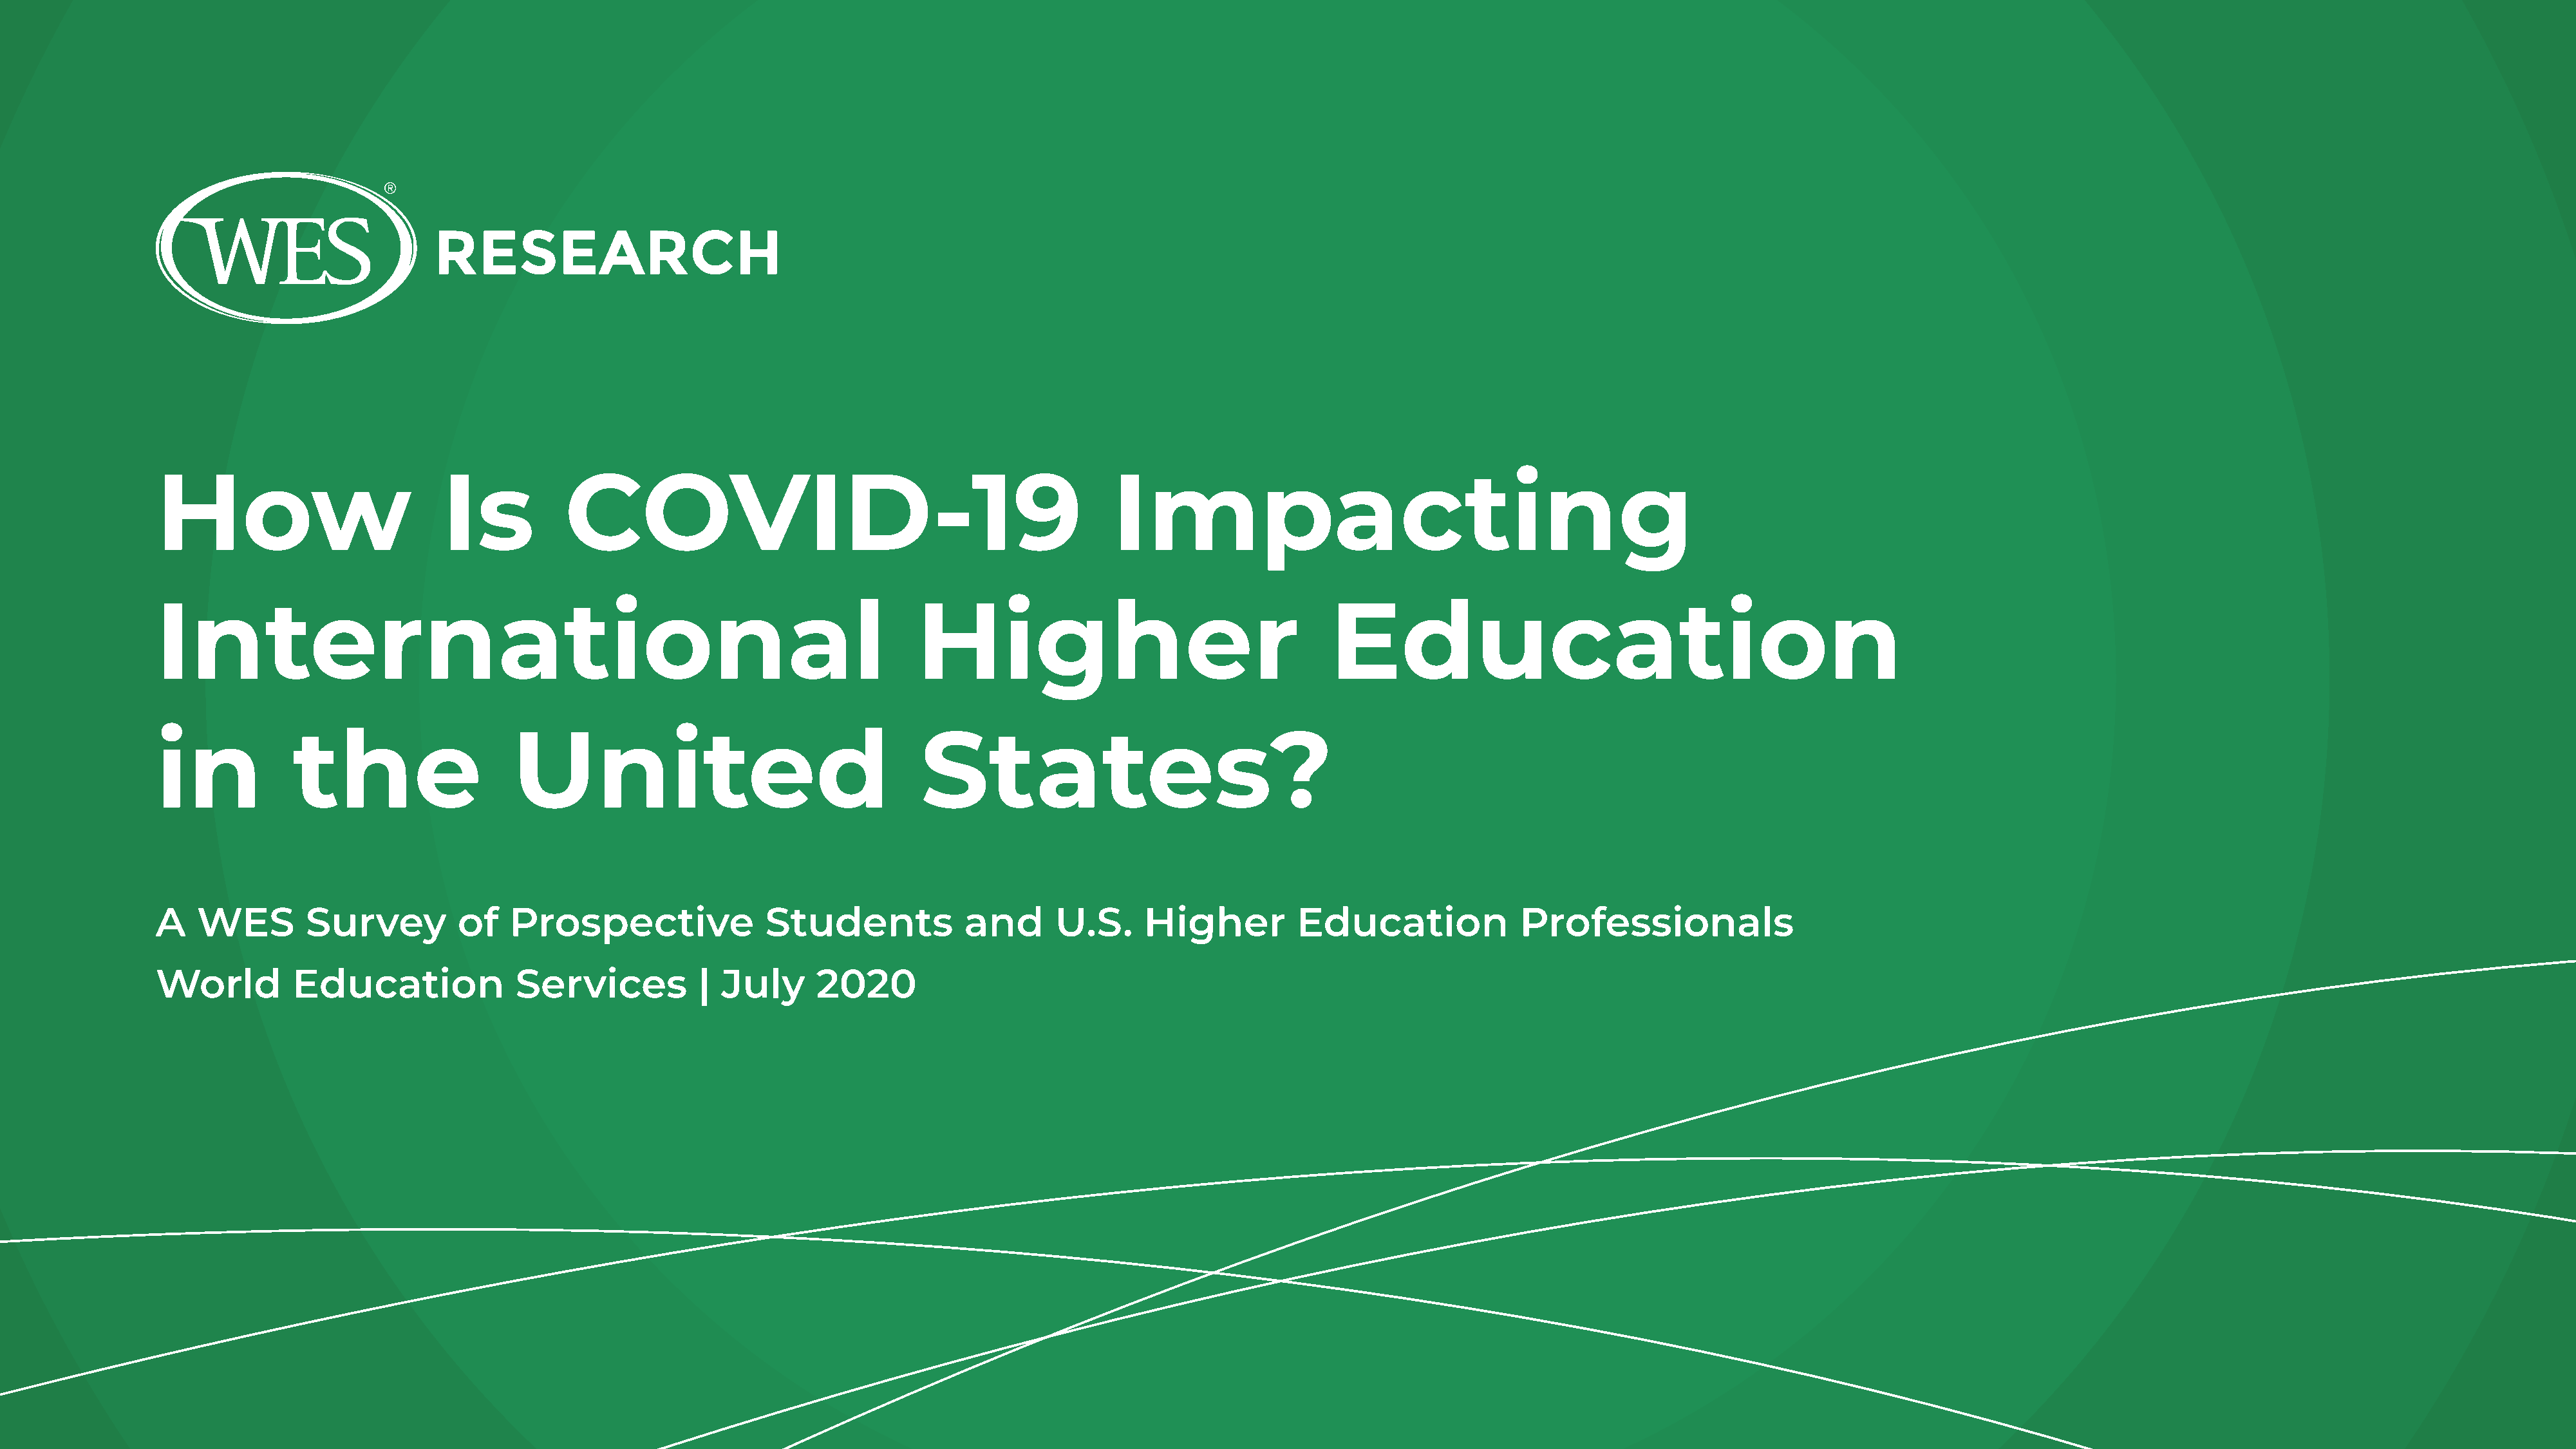
How                          Is           COVID-19                                                Impacting
 International                                                                 Higher                                     Education
 in            the                    United                                    States?
 A   WES        Survey          of   Prospective                Students            and      U.S.      Higher         Education              Professionals
 World         Education              Services           | July      2020